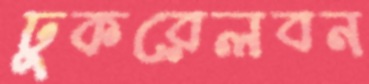
ঢুকরেলবন